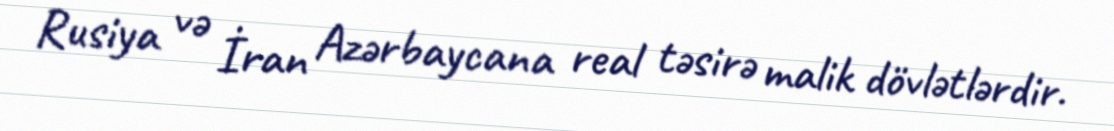
Rusiya və İran Azərbaycana real təsirə malik dövlətlərdir.